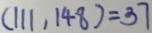
( 1 1 1 , 1 4 8 ) = 3 7